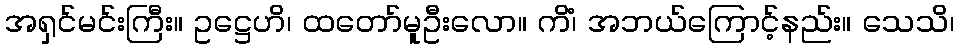
အရှင်မင်းကြီး။ ဥဋ္ဌေဟိ၊ ထတော်မူဦးလော။ ကိံ၊ အဘယ်ကြောင့်နည်း။ သေသိ၊